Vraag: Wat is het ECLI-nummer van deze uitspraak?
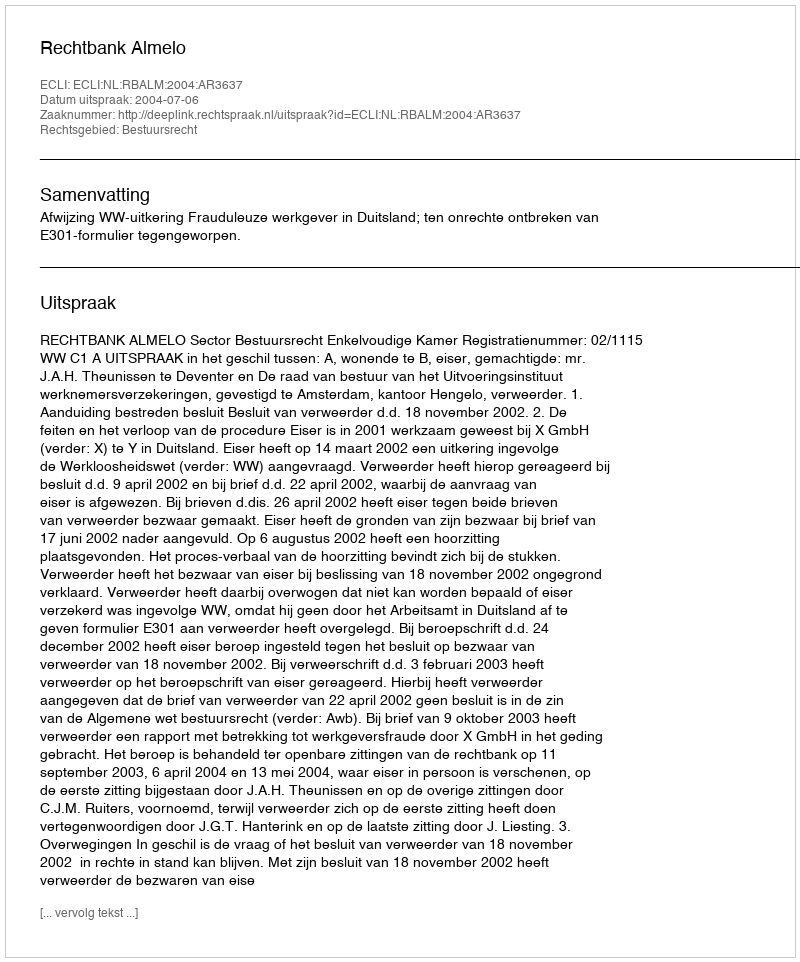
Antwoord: ECLI:NL:RBALM:2004:AR3637